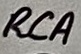
Text: RCA